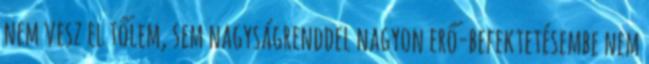
nem vesz el tőlem, sem nagyságrenddel nagyon erő-befektetésembe nem